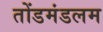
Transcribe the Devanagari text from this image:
तोंडमंडलम